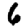
Digit: 6